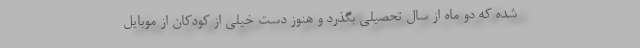
شده که دو ماه از سال تحصیلی بگذرد و هنوز دست خیلی از کودکان از موبایل